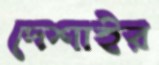
দেশাইর